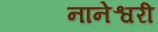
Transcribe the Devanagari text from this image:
नानेश्वरी